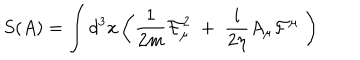
LaTeX: S ( A ) = \int d ^ { 3 } x \left( \frac { 1 } { 2 m } \mathcal { F } _ { \mu } ^ { 2 } \; + \; \frac { i } { 2 \eta } A _ { \mu } \mathcal { F } ^ { \mu } \; \right) \;